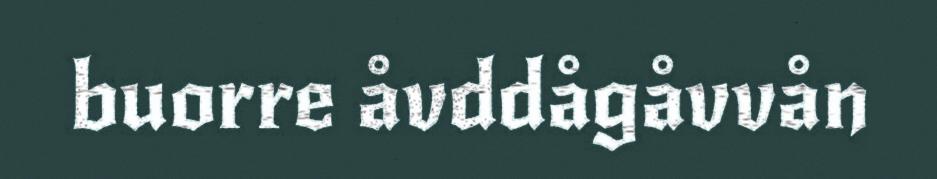
buorre åvddågåvvån